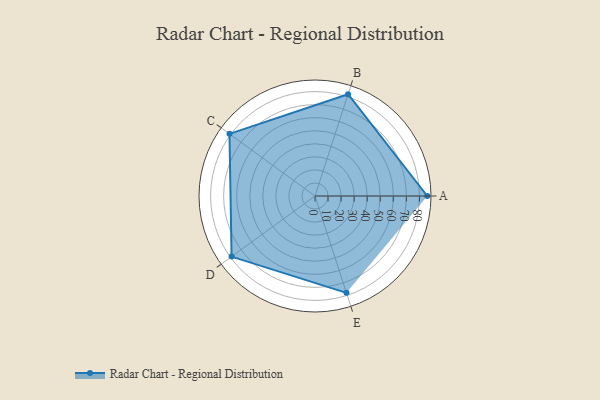
{"axis": {"x": "Skill", "y": "Score"}, "legend": ["Profile"], "data": [{"x": "A", "y": 86.0, "type": "Profile"}, {"x": "B", "y": 82.0, "type": "Profile"}, {"x": "C", "y": 81.0, "type": "Profile"}, {"x": "D", "y": 79.0, "type": "Profile"}, {"x": "E", "y": 78.0, "type": "Profile"}]}